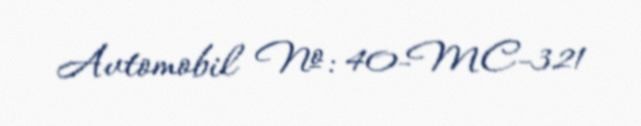
Avtomobil №: 40-MC-321